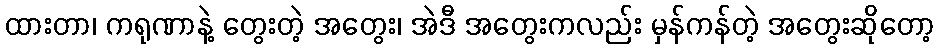
ထားတာ၊ ကရုဏာနဲ့ တွေးတဲ့ အတွေး၊ အဲဒီ အတွေးကလည်း မှန်ကန်တဲ့ အတွေးဆိုတော့